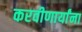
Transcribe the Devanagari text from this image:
करवीणार्यांना